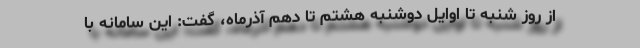
از روز شنبه تا اوایل دوشنبه هشتم تا دهم آذرماه، گفت: این سامانه با